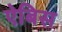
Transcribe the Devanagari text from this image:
ऐबिस